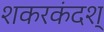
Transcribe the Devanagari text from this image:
शकरकंदश्